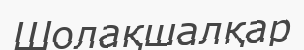
Шолақшалқар